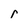
Character: r